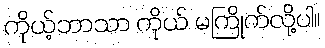
ကိုယ့်ဘာသာ ကိုယ် မကြိုက်လို့ပါ။